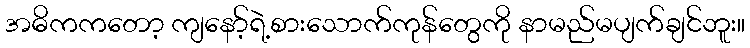
အဓိကကတော့ ကျနော့်ရဲ့စားသောက်ကုန်တွေကို နာမည်မပျက်ချင်ဘူး။